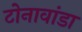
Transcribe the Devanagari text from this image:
टोनावांडा